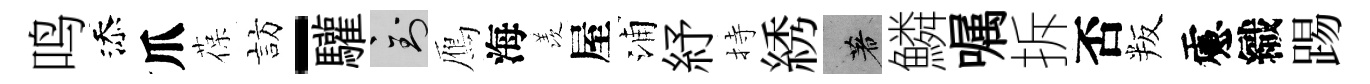
鸣添爪葆訪-驩到鴈海羡屋浦紓持綉著鱗嘱拆否叛慮織踢